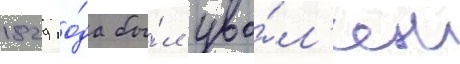
1829 го́да бы́л уво́л'ен